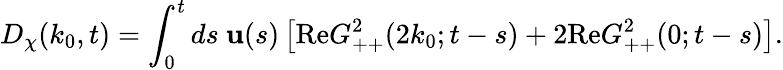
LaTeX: D_{\chi}(k_{0},t)=\int_{0}^{t}ds~\mathbf{u}(s)\left[\mathrm{{Re}}G_{++}^{2}(2k_{0};t-s)+2\mathrm{{Re}}G_{++}^{2}(0;t-s)\right].